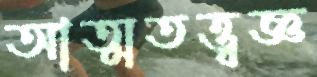
আত্মতত্ত্বজ্ঞ